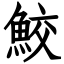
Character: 鮫